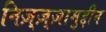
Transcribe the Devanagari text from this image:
निज़्ज़्ज़ामुद्दीन